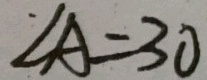
\angle A = 3 0